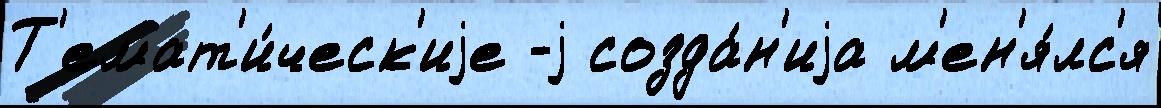
Т'емат'и́ческ'иjе -j созда́н'иjа м'ен'я́лс'я